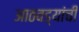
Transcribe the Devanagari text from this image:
आठवड्यांची